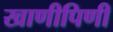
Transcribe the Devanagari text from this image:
खाणीपिणी